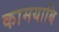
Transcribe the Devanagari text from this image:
कामयाबि